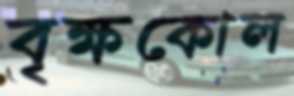
বৃক্ষকোল